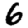
Digit: 6